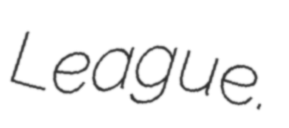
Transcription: League.